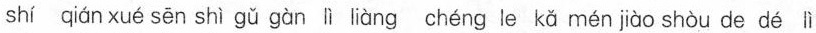
shi qiǘn xué sěn shi gǚ gàn ∥ liāng chAns w'tx